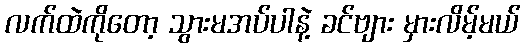
လက်ထဲကိုတော့ သွားမအပ်ပါနဲ့ ခင်ဗျား မှားလိမ့်မယ်